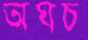
অঘচ